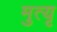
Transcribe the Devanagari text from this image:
मुत्यृ